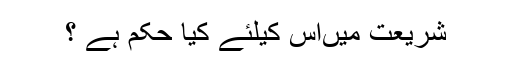
شریعت میںاس کیلئے کیا حکم ہے ؟